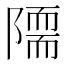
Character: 𨼏